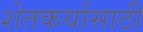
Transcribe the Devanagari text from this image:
शेतकर्यासाठी